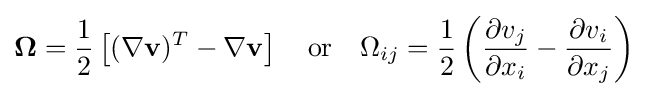
{\boldsymbol {\Omega }}={\frac {1}{2}}\left[(\nabla \mathbf {v} )^{T}-\nabla \mathbf {v} \right]\quad {\text{or}}\quad \Omega _{ij}={\frac {1}{2}}\left({\frac {\partial v_{j}}{\partial x_{i}}}-{\frac {\partial v_{i}}{\partial x_{j}}}\right)